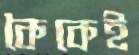
কৈকেই